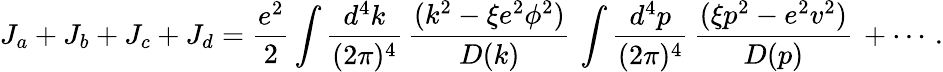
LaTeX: J_{a}+J_{b}+J_{c}+J_{d}={\frac{e^{2}}{2}}\int{\frac{d^{4}k}{(2\pi)^{4}}}\, {\frac{(k^{2}-\xi e^{2}\phi^{2})}{D(k)}}\, \int{\frac{d^{4}p}{(2\pi)^{4}}}\, {\frac{(\xi p^{2}-e^{2}v^{2})}{D(p)}}\, +\cdots\, .